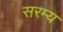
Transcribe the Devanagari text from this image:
सरम्य